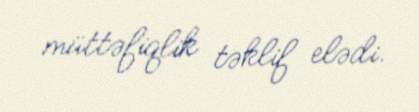
müttəfiqlik təklif elədi.